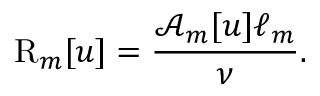
\mathrm { R } _ { m } [ u ] = \frac { \mathcal { A } _ { m } [ u ] \ell _ { m } } { \nu } .